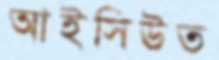
আইসিউত